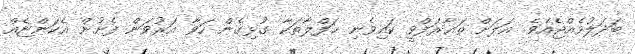
ބަދަލުވެއްޖެއެވެ. އަލަށް ތަޢާރަފްވީ ކައިވެނި ޙަފްލާތަކާ ގުޅިގެން ހަވާ އަރުވަން ފެށުން އެކަންޏެއް